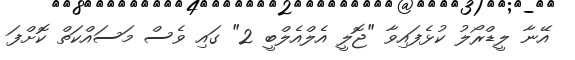
އޭނާ ލީޑްރޯލު ކުޅެފައިވާ "ޖޮލީ އެލްއެލްބީ 2" ގައި ވެސް މަސައްކަތް ކޮށްފަ